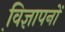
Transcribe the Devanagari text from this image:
वि़ज्ञापनों